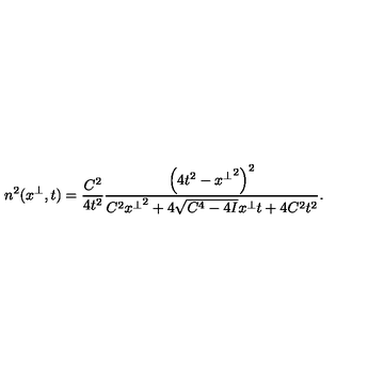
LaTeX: n ^ { 2 } ( x ^ { \perp } , t ) = \frac { C ^ { 2 } } { 4 t ^ { 2 } } \frac { \left( 4 t ^ { 2 } - { x ^ { \perp } } ^ { 2 } \right) ^ { 2 } } { C ^ { 2 } { x ^ { \perp } } ^ { 2 } + 4 \sqrt { C ^ { 4 } - 4 I } x ^ { \perp } t + 4 C ^ { 2 } t ^ { 2 } } .